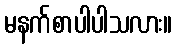
မနက်စာပါပါသလား။